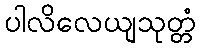
ပါလိလေယျသုတ္တံ